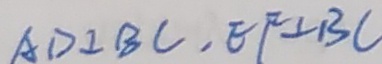
A D \bot B C , E F \bot B C